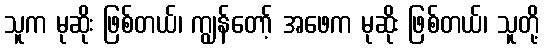
သူက မုဆိုး ဖြစ်တယ်၊ ကျွန်တော့် အဖေက မုဆိုး ဖြစ်တယ်၊ သူတို့